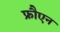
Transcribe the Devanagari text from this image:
फ्रौएन